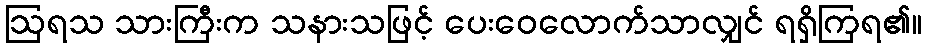
ဩရသ သားကြီးက သနားသဖြင့် ပေးဝေလောက်သာလျှင် ရရှိကြရ၏။